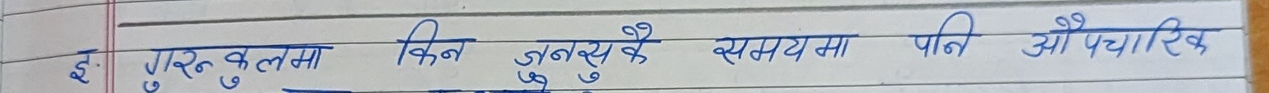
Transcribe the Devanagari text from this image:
इः गुरुत्वाकर्षण वस्तु झन् जुस्कै समयमा पनि औ औपचारिक